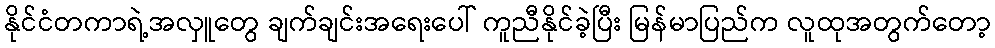
နိုင်ငံတကာရဲ့အလှူတွေ ချက်ချင်းအရေးပေါ် ကူညီနိုင်ခဲ့ပြီး မြန်မာပြည်က လူထုအတွက်တော့